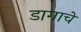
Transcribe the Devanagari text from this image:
डागाचे